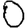
Digit: 0